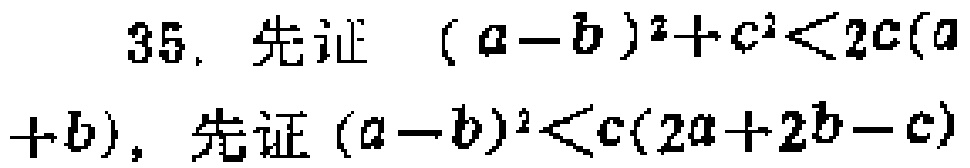
35. 先证 \((a - b)^2 + c^2 < 2c(a + b)\)，先证 \((a - b)^2 < c(2a + 2b - c)\)